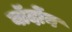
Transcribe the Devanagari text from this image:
बॉर्दोन